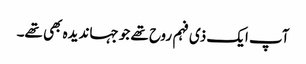
آپ ایک ذی فہم روح تھے جو جہاندیدہ بھی تھے۔